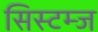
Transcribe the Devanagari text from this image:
सिस्टम्ज